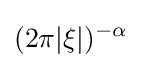
(2\pi |\xi |)^{-\alpha }